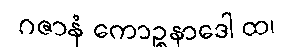
ဂဇာနံ ကောဉ္စနာဒေါ ထ၊